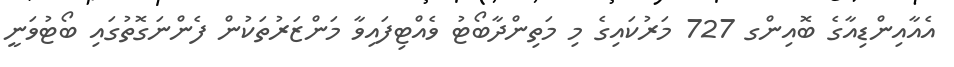
އެއާއިންޑިއާގެ ބޮއިންގ 727 މަރުކައިގެ މި މަތިންދާބޯޓު ވެއްޓިފައިވާ މަންޒަރުތަކުން ފެންނަގޮތުގައި ބޯޓުވަނީ